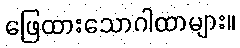
ဖြေထားသောဂါထာများ။